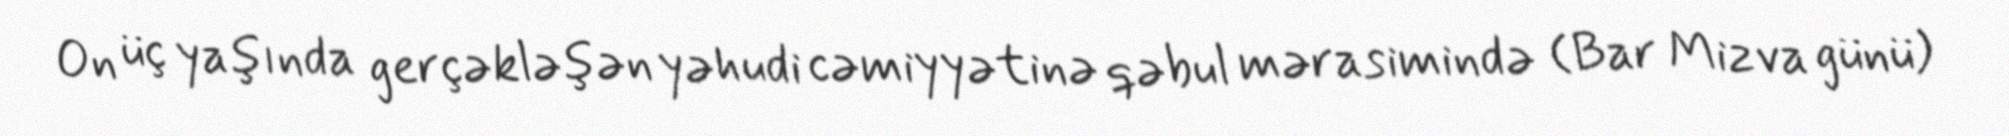
On üç yaşında gerçəkləşən yəhudi cəmiyyətinə qəbul mərasimində (Bar Mizva günü)